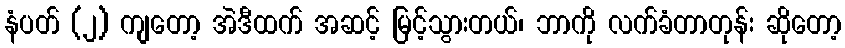
နံပတ် (၂) ကျတော့ အဲဒီထက် အဆင့် မြင့်သွားတယ်၊ ဘာကို လက်ခံတာတုန်း ဆိုတော့